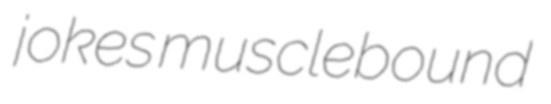
jokes musclebound